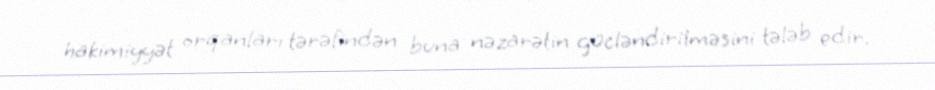
hakimiyyət orqanları tərəfindən buna nəzarətin gücləndirilməsini tələb edir.